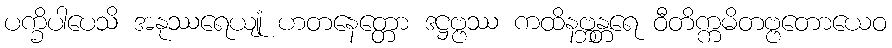
ပက္ခိပါပေသိ အနုဿရေယျုံ ဟတနေတ္တော ဒဋ္ဌဗ္ဗဿ ကထိနဗ္ဘန္တရေ ဝီတိက္ကမိတဗ္ဗတောယေဝ